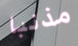
مذنبا